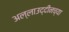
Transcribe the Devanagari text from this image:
अल्लाउद्दीनच्या